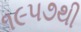
૧૯૫૭થી